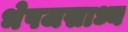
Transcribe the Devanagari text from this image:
भेषजसाध्य